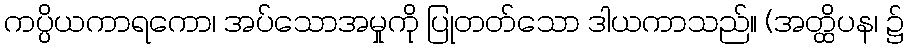
ကပ္ပိယကာရကော၊ အပ်သောအမှုကို ပြုတတ်သော ဒါယကာသည်။ (အတ္ထိပန၊ ၌